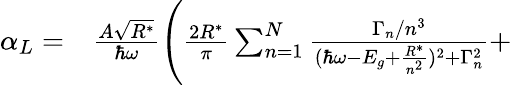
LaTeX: \begin{array}{rl}{\alpha_{L}=}&{{}\frac{A\sqrt{R^{*}}}{\hbar\omega}\Bigg(\frac{2R^{*}}{\pi}\sum_{n=1}^{N}\frac{\Gamma_{n}/n^{3}}{(\hbar\omega-E_{g}+\frac{R^{*}}{n^{2}})^{2}+\Gamma_{n}^{2}}+}\end{array}